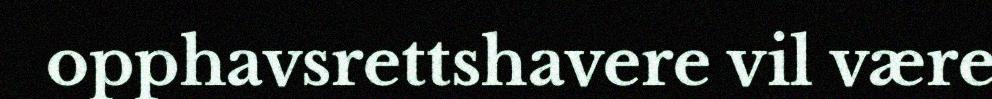
opphavsrettshavere vil være